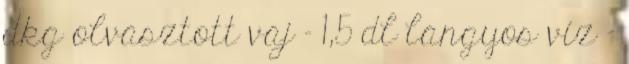
dkg olvasztott vaj - 1,5 dl langyos víz -